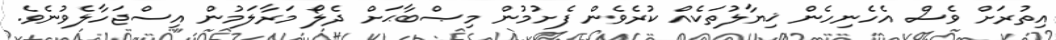
އިތުރަށް ވެސް އެހެނިހެން ޚިޔާލުތަކެއް ކުރެވެން ފެށުމުން މިޞްބާޙަށް ދެލޯ މަރާލަމުން އިސްޖަހާލެވުނެވެ.